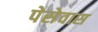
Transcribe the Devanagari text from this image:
पेसेवास